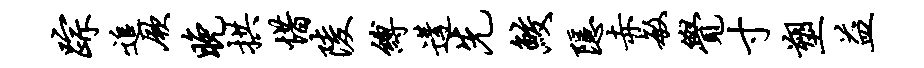
踪追厥晚拱惜陵缚遘先鲛隐赤敏觉寸塑益